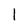
Character: 1